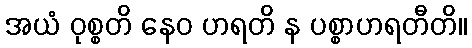
အယံ ဝုစ္စတိ နေဝ ဟရတိ န ပစ္စာဟရတီတိ။